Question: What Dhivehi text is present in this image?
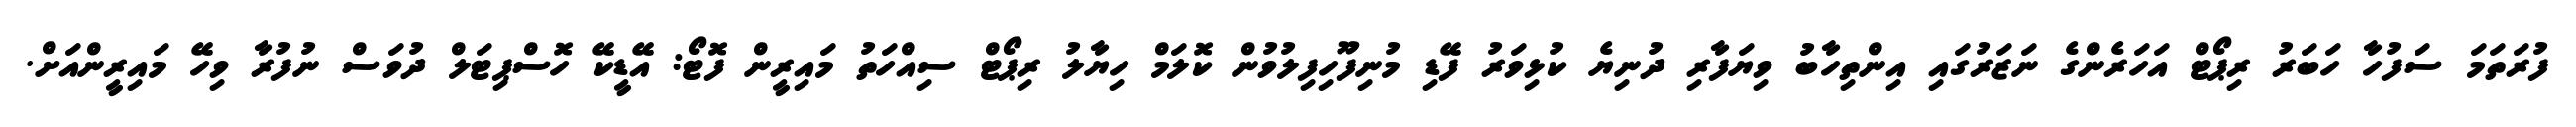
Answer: ފުރަތަމަ ސަފުހާ ހަބަރު ރިޕޯޓް އަހަރެންގެ ނަޒަރުގައި އިންތިހާބު ވިޔަފާރި ދުނިޔެ ކުޅިވަރު ފޭޑި މުނިފޫހިފިލުވުން ކޮލަމް ހިޔާލު ރިޕޯޓް ސިއްހަތު މައިރީން ފޮޓޯ: އޭޑީކޭ ހޮސްޕިޓަލް ދުވަސް ނުފުރާ ވިހޭ މައިރީންއަށް.